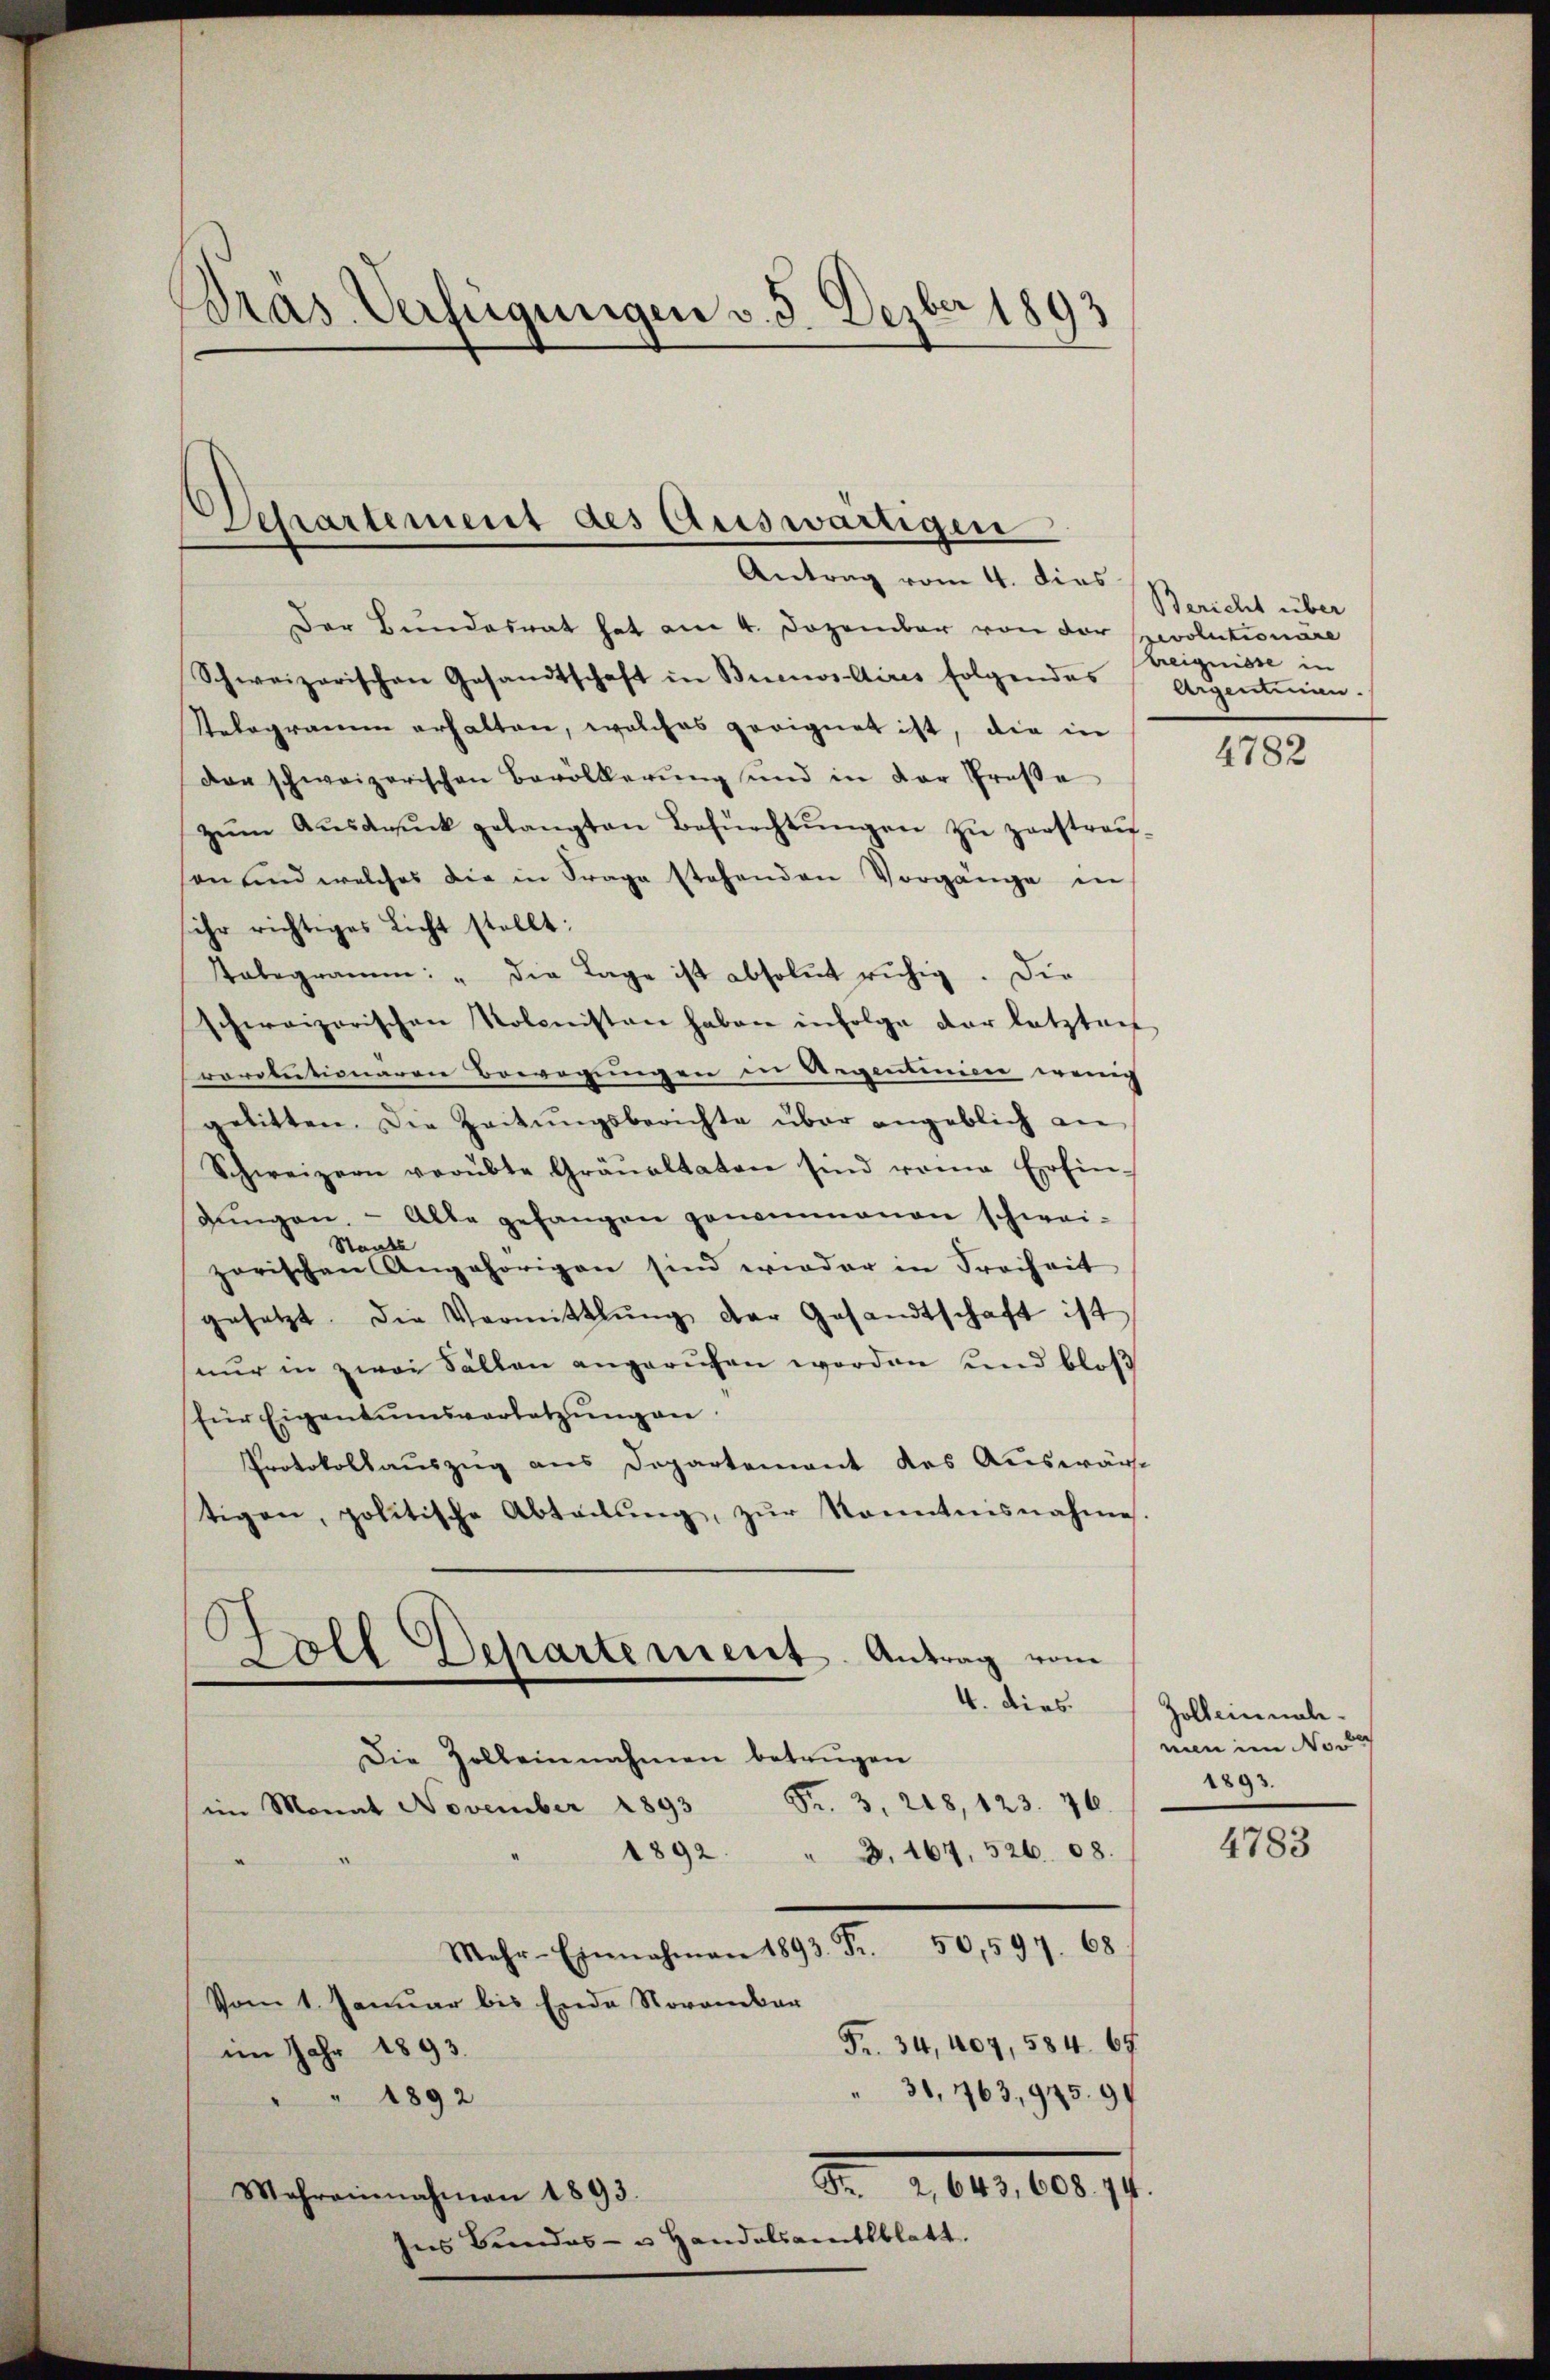
Dräs. Verfügungen v. 5. Dezber 1893

Sehartement des Auswärtigen
Antrag vom 4. dies

Der Bundesrat hat am 4. Dezember von der revolutionäre
Schweizerischen Gesandtschaft in Buenos Aires folgendes (Argentinen.
Telegramm erhalten, welches geeignet ist, die in
dan schweizerischen Bevölkerung und in der Große
zŭm Aŭsdrŭck gelangten Befürchtŭngen zŭ zerstraŭ-
son und welches die in Frage stehenden Vorgänge in
sehr richtiges Licht stellt:
Tabegramm: "die Lage ist absolut ruhig. Die
schweizerischen Kolonisten haben infolge der letzten
rarotectionaren Bewegungen in Regentinien wenig
gelitten. Die Zeitŭngsberichte über angeblich an
Schweizern verübte Gräŭaltaten sind reine Erfin-
dŭngen. - Alle gefangen genommenen schwei-
Staats
zorischen Angehörigen sind wieder in Freiheit
gesetzt. Die Vermittlung der Gesandtschaft ist
(nur in zwei Fällen angerufen worden und bloß
für Eigentumsverletzŭng an
Protokollauszug aus Departement des Auswärtigen, politische Abteilŭng, zŭr Kenntnisnahme.
Zoll Departement. Antrag von
4. dies
Die Zolleinnahmen betrügen
Fr. 3. 218, 123. 46.
im Monat November 1893
1892. " 3. 167. 526. 68.
Mehr-Einnahmen 1893. Fr. 50,597. 68
Vom 1. Januar bis Ende November
Fr. 34, 407, 584. 69.
im Jahr 1893.
31, 163, 975. 97
" 1892
Dr. Aber 10. 14.
Mahrainnahmen 1893.
Ins Bundes- u. Handelsamtsblatt.

Bericht über
Ereignisse in

4782

Zoll einnale.
nien im No
1893.

4783